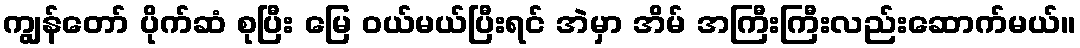
ကျွန်တော် ပိုက်ဆံ စုပြီး မြေ ဝယ်မယ်ပြီးရင် အဲမှာ အိမ် အကြီးကြီးလည်းဆောက်မယ်။